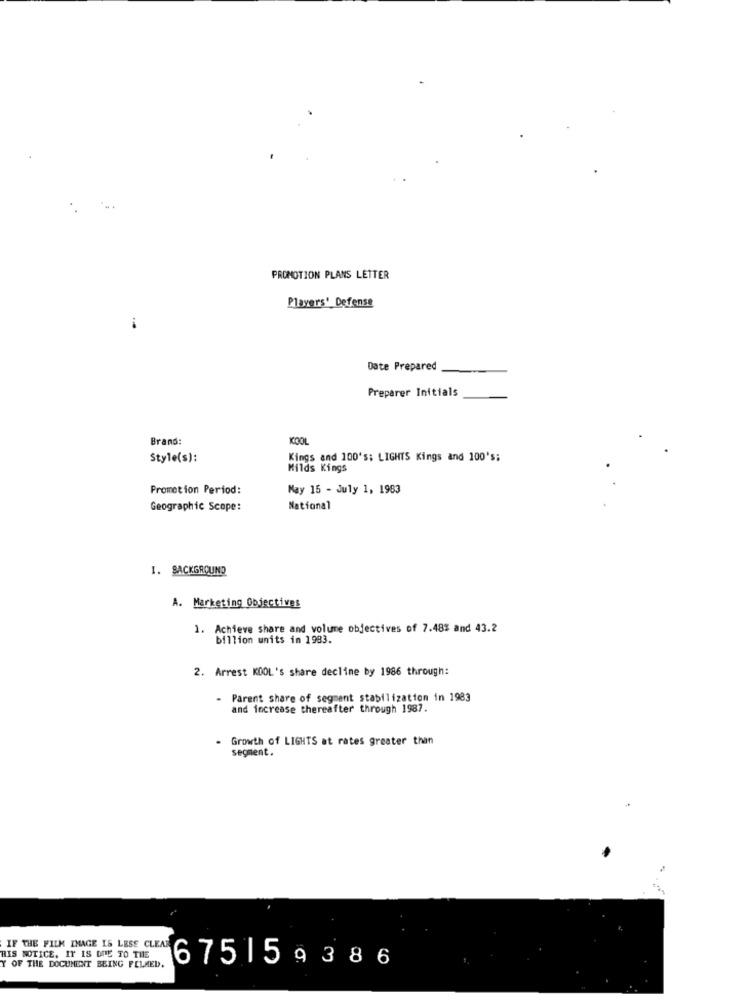
PROMOTION PLANS LETTER
Players'_Defense
Date Prepared
Preparer Initials
Brand:
KOOL
Style(s):
Kings and 100's: LIGHTS Kings and 100's;
Milds Kings
Promotion Period:
May 15 - July 1, 1983
Geographic Scope:
National
I. BACKGROUND
A. Marketing Objectives
1. Achieve share and volume objectives of 7.48% and 43.2
billion units in 1983.
2. Arrest KOOL's share decline by 1986 through:
- Parent share of segment stabilization in 1983
and increase thereafter through 1987.
- Growth of LIGHTS at rates greater than
segment.
IF THE FILM IMAGE IS LESS CLEAR
HIS NOTICE. IT IS DRIE TO THE
Y OF THE DOCUMENT BEING FELMED.
6751 59386